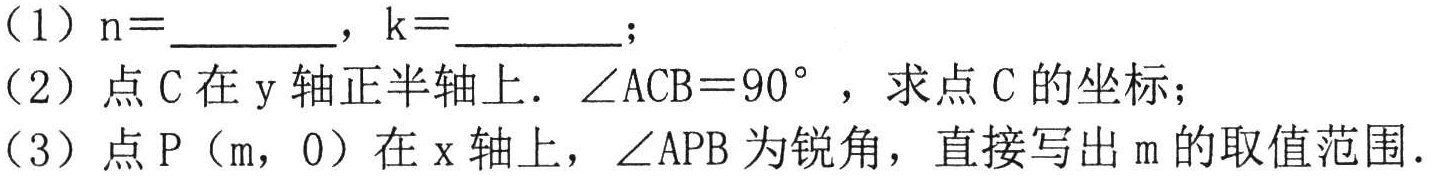
（1）$n = \_\_\_\_\_$，$k = \_\_\_\_\_$；
（2）点\(C\)在\(y\)轴正半轴上．\(\angle ACB = 90^{\circ}\)，求点\(C\)的坐标；
（3）点\(P(m,0)\)在\(x\)轴上，\(\angle APB\)为锐角，直接写出\(m\)的取值范围．